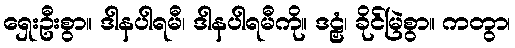
ရှေးဦးစွာ။ ဒါနပါရမီ၊ ဒါနပါရမီကို။ ဒဠှံ၊ ခိုင်မြဲစွာ။ ကတွာ၊